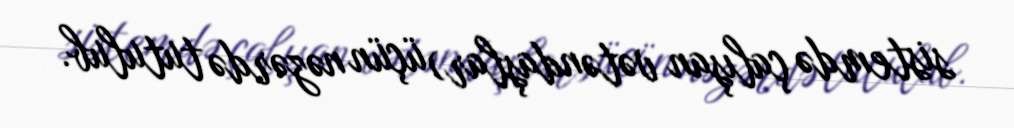
sistemdə çalışan vətəndaşlar) üçün nəzərdə tutulub.